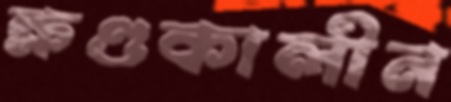
ক্ষণ্ডকালীন